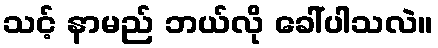
သင့် နာမည် ဘယ်လို ခေါ်ပါသလဲ။